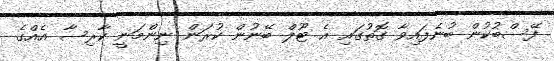
ފޭސްބުކުން ބުނެފައިވާ ގޮތުގައި އެ ޓޫލް ބޭނުން ކުރަން ނިންމަނީ ކާރިސާ އެއްގެ